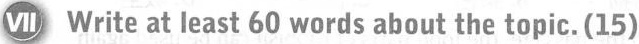
Ⅶ write at least 60 words about the topic. (15)